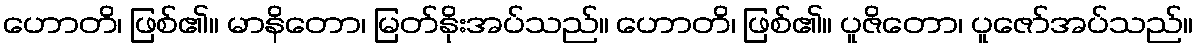
ဟောတိ၊ ဖြစ်၏။ မာနိတော၊ မြတ်နိုးအပ်သည်။ ဟောတိ၊ ဖြစ်၏။ ပူဇိတော၊ ပူဇော်အပ်သည်။